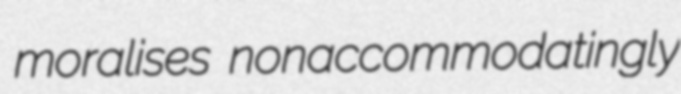
moralises nonaccommodatingly